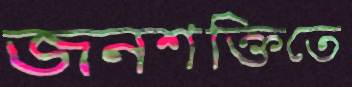
জনশক্তিতে